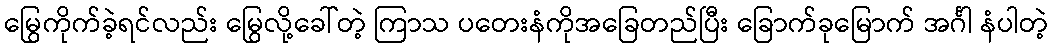
မြွေကိုက်ခဲ့ရင်လည်း မြွေလို့ခေါ်တဲ့ ကြာသ ပတေးနံကိုအခြေတည်ပြီး ခြောက်ခုမြောက် အင်္ဂါ နံပါတဲ့